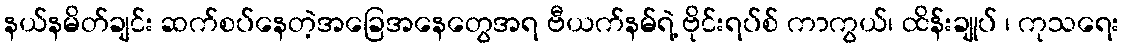
နယ်နမိတ်ချင်း ဆက်စပ်နေတဲ့အခြေအနေတွေအရ ဗီယက်နမ်ရဲ့ ဗိုင်းရပ်စ် ကာကွယ်၊ ထိန်းချုပ် ၊ ကုသရေး